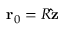
\mathbf { r } _ { 0 } = R \mathbf { \hat { z } }